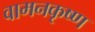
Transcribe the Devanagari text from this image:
वामनकृष्ण